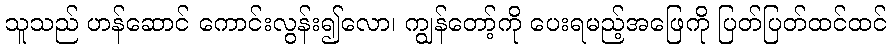
သူသည် ဟန်ဆောင် ကောင်းလွန်း၍လော၊ ကျွန်တော့်ကို ပေးရမည့်အဖြေကို ပြတ်ပြတ်ထင်ထင်